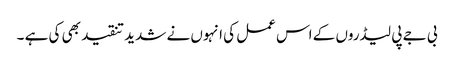
بی جے پی لیڈروں کے اس عمل کی انہوں نے شدید تنقید بھی کی ہے ۔